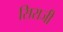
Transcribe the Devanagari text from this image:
सिराजी